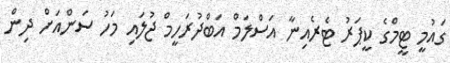
ގައުމީ ޓީމްގެ ކީޕަރު ޓެރެއިނާ އަސްލަމް އަބްދުރަހީމް ޖުލައި މަހު ސަންއަށް ދިން